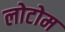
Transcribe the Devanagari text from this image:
लोटोम